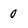
Character: 0